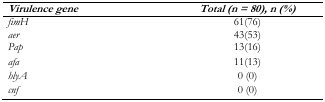
<table><thead><tr><td><b><i>Virulence gene</i></b></td><td><b><i>Total (n = 80), n (%)</i></b></td></tr></thead><tbody><tr><td><i>fimH</i></td><td>61(76)</td></tr><tr><td><i>aer</i></td><td>43(53)</td></tr><tr><td><i>Pap</i></td><td>13(16)</td></tr><tr><td><i>afa</i></td><td>11(13)</td></tr><tr><td><i>hlyA</i></td><td>0 (0)</td></tr><tr><td><i>cnf</i></td><td>0 (0)</td></tr></tbody></table>